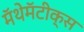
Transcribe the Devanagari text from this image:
मॅथेमॅटीक्स